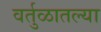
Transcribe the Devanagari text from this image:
वर्तुळातल्या